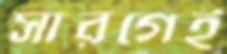
সারগেই